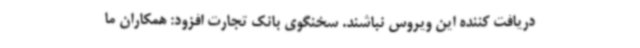
دریافت کننده این ویروس نباشند. سخنگوی بانک تجارت افزود: همکاران ما